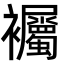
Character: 䙱